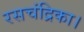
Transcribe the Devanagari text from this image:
रसचंद्रिका।